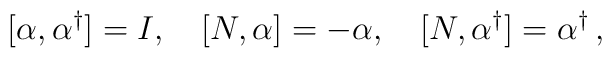
[\alpha, \alpha^{\dagger}]=I,\quad [N, \alpha]=-\alpha,\quad [N, \alpha^{\dagger}]=\alpha^{\dagger}\,{,}